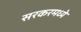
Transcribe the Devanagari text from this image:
सरकरमध्ये